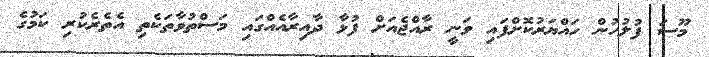
މޫސަ ފުލުހުން ހައްޔަރުކޮށްފައި ވަނީ ރާއްޖެއަށް ފުޅާ ދާއިރާއެއްގައި މަސްތުވާތަކެތި އެތެރެކުރި ކަމުގެ